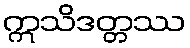
ဣသိဒတ္တဿ